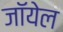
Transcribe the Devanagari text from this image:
जॉयेल